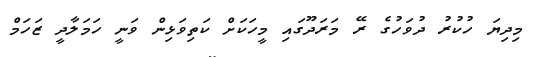
މިދިޔަ ހުކުރު ދުވަހުގެ ރޭ މަރަދޫގައި މީހަކަށް ކަތިވަޅިން ވަނީ ހަމަލާދީ ޒަހަމް